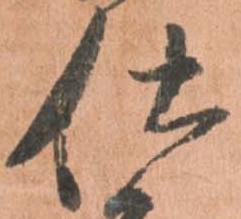
仕